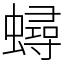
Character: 蟳